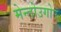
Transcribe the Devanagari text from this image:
मेन्तोउगोउ